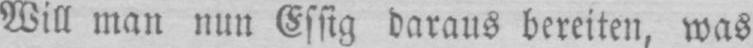
Will man nun Essig daraus bereiten, was